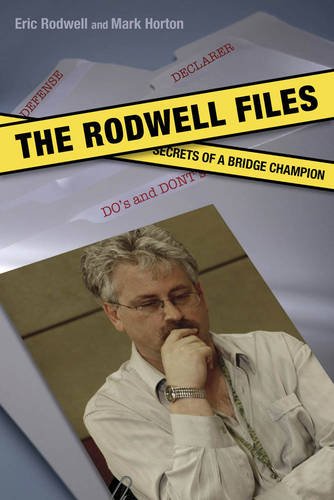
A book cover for The Rodwell Files: Secrets of a Bridge Champion; Eric Rodwell; Humor & Entertainment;